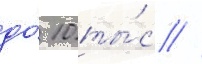
до́ 10 ты́с //